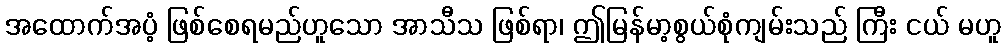
အထောက်အပံ့ ဖြစ်စေရမည်ဟူသော အာသီသ ဖြစ်ရာ၊ ဤမြန်မာ့စွယ်စုံကျမ်းသည် ကြီး ငယ် မဟူ